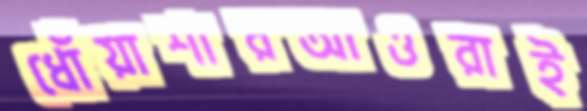
ধোঁয়াশারআওরাই